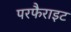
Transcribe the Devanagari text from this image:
परफैराइट